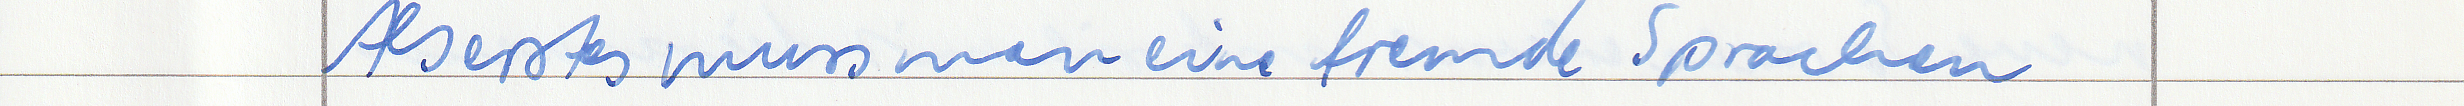
Als erstes muss man eine fremde Sprachen